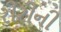
રીરીની